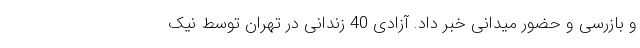
و بازرسی و حضور میدانی خبر داد. آزادی 40 زندانی در تهران توسط نیک